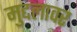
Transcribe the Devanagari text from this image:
मुद्दलावर